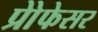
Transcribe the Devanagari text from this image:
प्रोेफेसर